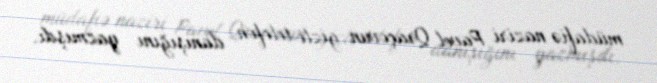
müdafiə naziri Pavel Qraçovun gizli telefon danışığını yazmışdı.